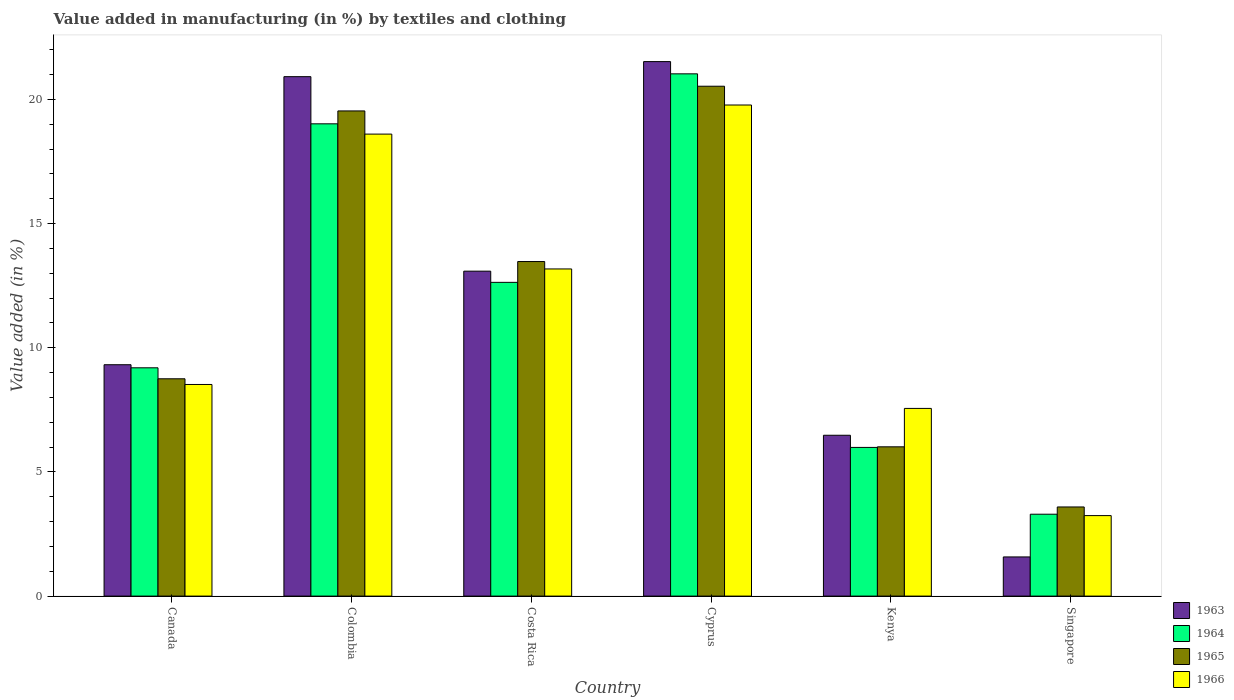
| Country | 1963 | 1964 | 1965 | 1966 |
 | --- | --- | --- | --- | --- |
 | Canada | 9.32 | 9.19 | 8.75 | 8.52 |
 | Colombia | 20.9 | 19 | 19.5 | 18.6 |
 | Costa Rica | 13.1 | 12.6 | 13.5 | 13.2 |
 | Cyprus | 21.5 | 21 | 20.5 | 19.8 |
 | Kenya | 6.48 | 5.99 | 6.01 | 7.56 |
 | Singapore | 1.58 | 3.3 | 3.59 | 3.24 |